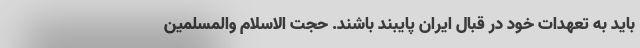
باید به تعهدات خود در قبال ایران پایبند باشند. حجت الاسلام والمسلمین